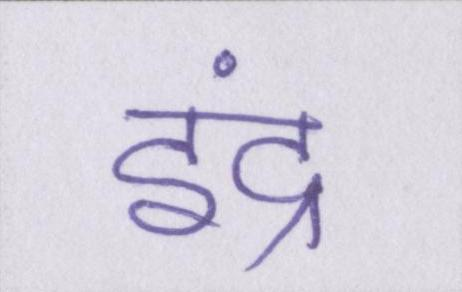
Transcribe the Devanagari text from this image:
इंद्र